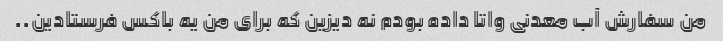
من سفارش آب معدنى واتا داده بودم نه دیزین که براى من یه باکس فرستادین..